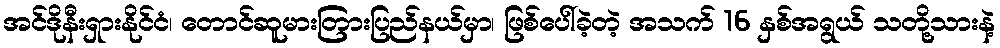
အင်ဒိုနီးရှားနိုင်ငံ၊ တောင်ဆူမားတြားပြည်နယ်မှာ၊ ဖြစ်ပေါ်ခဲ့တဲ့ အသက် 16 နှစ်အရွယ် သတို့သားနဲ့